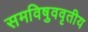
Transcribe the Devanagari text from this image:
समविषुववृतीय